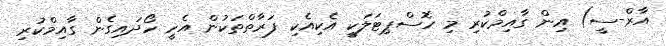
އާރް-ސީ) އިން ގާއިމްކުރި މި ހޮސްޕިޓަލަކީ އެކިއެކި ފަރާތްތަކުން އެހީ ހޯދައިގެން ގާއިމްކުރި